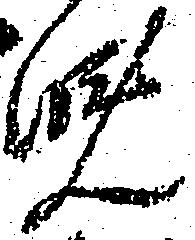
晩